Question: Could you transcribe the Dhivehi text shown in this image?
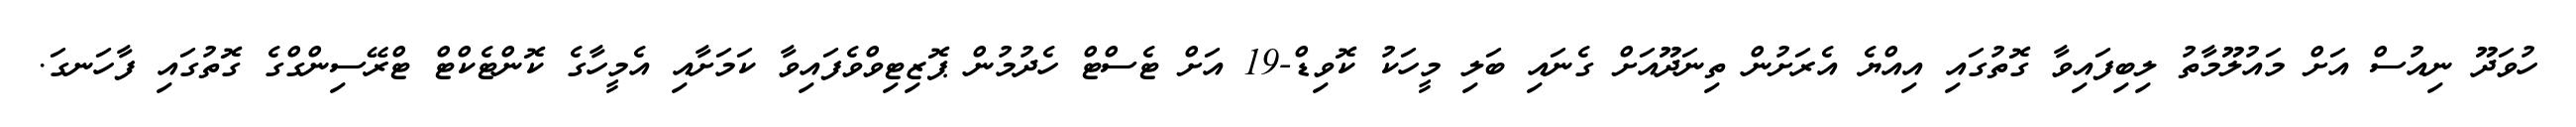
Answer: ހުވަދޫ ނިއުސް އަށް މައުލޫމާތު ލިބިފައިވާ ގޮތުގައި އިއްޔެ އެރަށުން ތިނަދޫއަށް ގެނައި ބަލި މީހަކު ކޮވިޑް-19 އަށް ޓެސްޓް ހެދުމުން ޕޮޒިޓިވްވެފައިވާ ކަމަށާއި އެމީހާގެ ކޮންޓެކްޓް ޓްރޭސިންގްގެ ގޮތުގައި ފާހަނގަ.